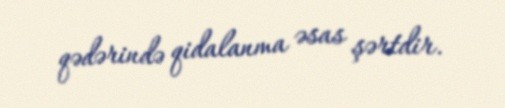
qədərində qidalanma əsas şərtdir.